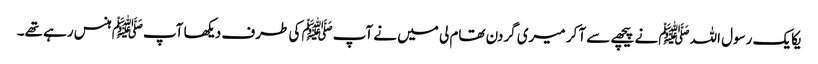
یکایک رسول اللہﷺ نے پیچھے سے آ کر میری گردن تھام لی میں نے آپﷺ کی طرف دیکھا آپﷺ ہنس رہے تھے۔